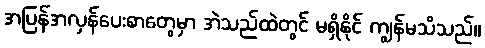
အပြန်အလှန်ပေးစာတွေမှာ အဲသည်ထဲတွင် မရှိနိုင် ကျွန်မသိသည်။